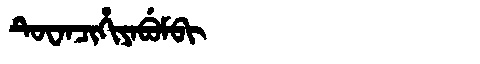
Manchu: ᡨᡠᠸᠠᠨᠴᡳᡥᡳᠶᠠᠪᡠᠮᠪᡳ
Romanization: TUWANCIHIYABUMBI